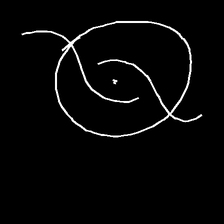
Glyph: repetition